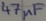
Text: 47µF